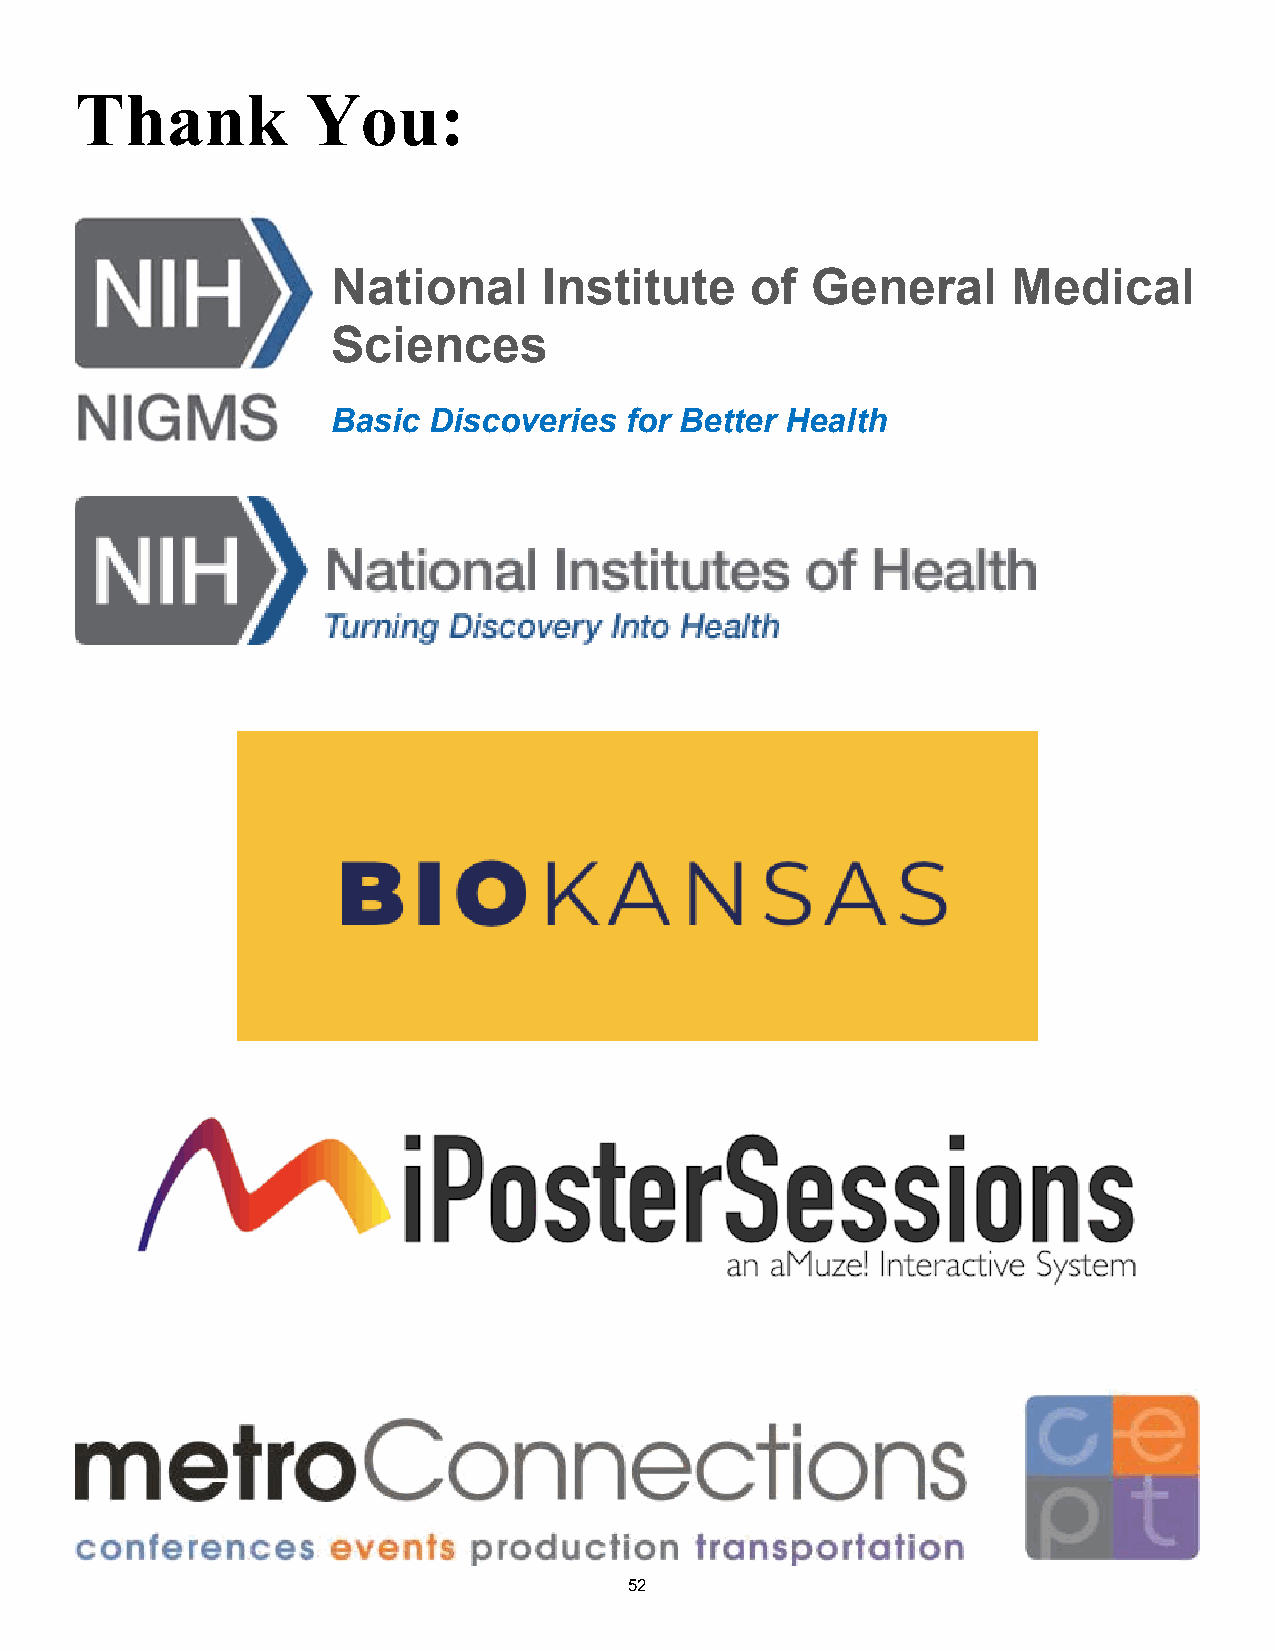
Thank          You:
 National      Institute     of  General      Medical
 Sciences
 Basic Discoveries  for Better Health
 52